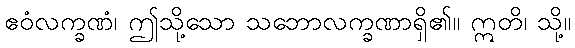
ဧဝံလက္ခဏံ၊ ဤသို့သော သဘောလက္ခဏာရှိ၏။ ဣတိ၊ သို့။